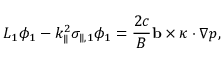
L _ { 1 } \phi _ { 1 } - k _ { \parallel } ^ { 2 } \sigma _ { \parallel , 1 } \phi _ { 1 } = \frac { 2 c } { B } \mathbf { b } \times \kappa \cdot \nabla p ,